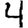
Digit: 4